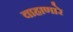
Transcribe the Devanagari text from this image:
वाहाणारे